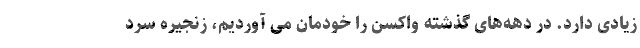
زیادی دارد. در دهه‌‌های گذشته واکسن را خودمان می آوردیم، زنجیره سرد